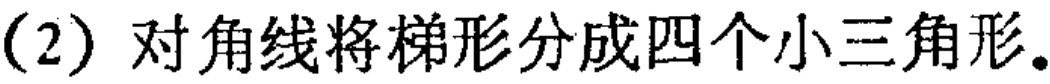
(2) 对角线将梯形分成四个小三角形。